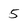
Character: 5